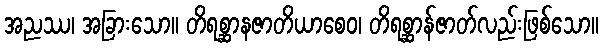
အညဿ၊ အခြားသော။ တိရစ္ဆာနဇာတိယာစေဝ၊ တိရစ္ဆာန်ဇာတ်လည်းဖြစ်သော။